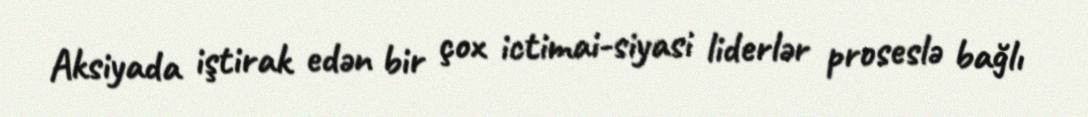
Aksiyada iştirak edən bir çox ictimai-siyasi liderlər proseslə bağlı